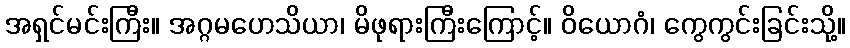
အရှင်မင်းကြီး။ အဂ္ဂမဟေသိယာ၊ မိဖုရားကြီးကြောင့်။ ဝိယောဂံ၊ ကွေကွင်းခြင်းသို့။